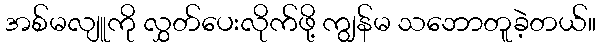
အစ်မလျူကို လွှတ်ပေးလိုက်ဖို့ ကျွန်မ သဘောတူခဲ့တယ်။